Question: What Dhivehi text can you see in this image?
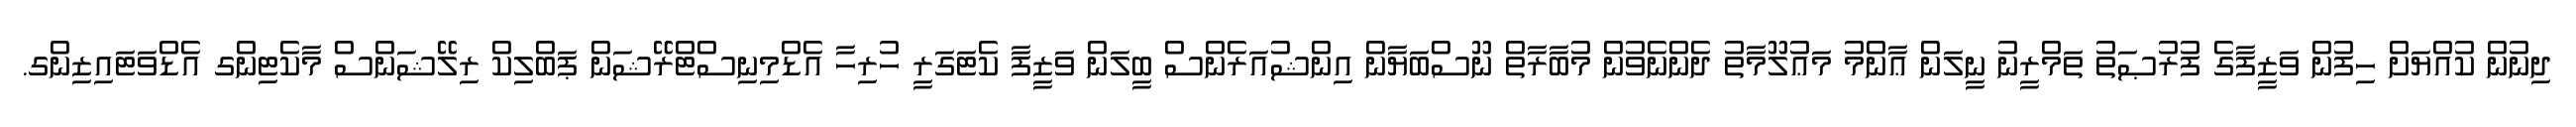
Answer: ދިނުން ކުއްޔަށް ހިފުން ވަޒީފާގެ ފުރުޞަތު ތަމްރީނު ނީލަން ޢާންމު މަޢުލޫމާތު ދެންނެވުން މުބާރާތް ނޫސްބަޔާން އިންޝުއަރެންސް ބީލަން ވަޒީފާ ކެޓަގަރީ ހުރިހާ އެޑްމިނިސްޓްރޭޝަން ޕަބްލިކް ރިލޭޝަންސް މާކެޓިންގ އެޑްވަޓައިޒިންގ.